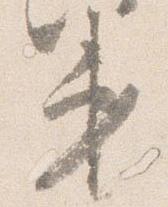
第